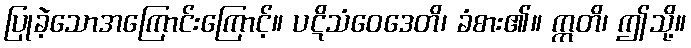
ပြုခဲ့သောအကြောင်းကြောင့်။ ပဋိသံဝေဒေတိ၊ ခံစား၏။ ဣတိ၊ ဤသို့။